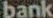
bank